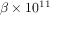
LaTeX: \beta \times 1 0 ^ { 1 1 }